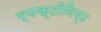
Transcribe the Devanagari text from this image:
व्यक्तीनिष्ठ